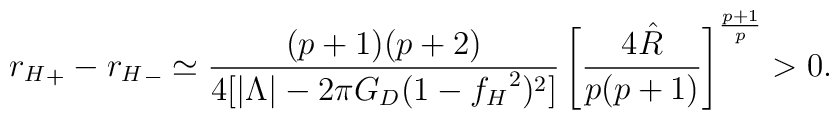
{r_H}_+-{r_H}_-\simeq\frac{(p+1)(p+2)}{4[|\Lambda|-2\pi G_D(1-{f_H}^2)^2]}\left[\frac{4\hat{R}}{p(p+1)}\right]^{\frac{p+1}{p}}>0.